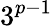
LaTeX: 3^{p-1}